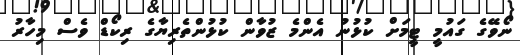
ނޯވޭގެ ގައުމީ ޓީމަށް ކުޅުނު އެންމެ ޒުވާން ކުޅުންތެރިޔާގެ ރިކޯޑް ވެސް މިހާރު